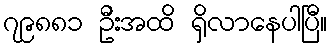
၇၉၈၈၁ ဦးအထိ ရှိလာနေပါပြီ။